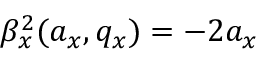
\beta _ { x } ^ { 2 } ( a _ { x } , q _ { x } ) = - 2 a _ { x }